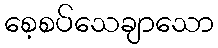
စေ့စပ်သေချာသော